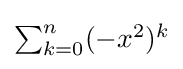
{\textstyle \sum _{k=0}^{n}(-x^{2})^{k}}